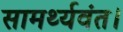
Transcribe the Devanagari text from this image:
सामर्थ्यवंत।